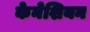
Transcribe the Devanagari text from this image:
केनेशियन